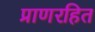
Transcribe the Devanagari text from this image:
प्राणरहित